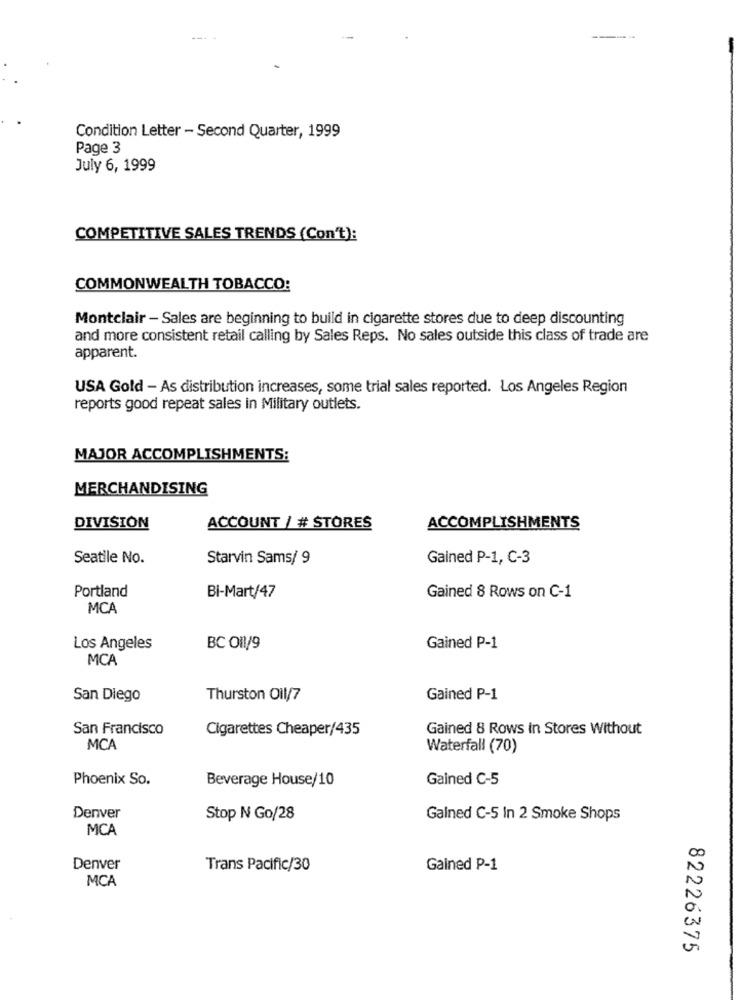
Condition Letter - Second Quarter, 1999
Page 3
July 6, 1999
COMPETITIVE SALES TRENDS (Con't):
COMMONWEALTH TOBACCO:
Montclair - Sales are beginning to build in cigarette stores due to deep discounting
and more consistent retail calling by Sales Reps. No sales outside this class of trade are
apparent.
USA Gold - As distribution increases, some trial sales reported. Los Angeles Region
reports good repeat sales in Military outlets.
MAJOR ACCOMPLISHMENTS:
MERCHANDISING
DIVISION
ACCOUNT / # STORES
ACCOMPLISHMENTS
Seatile No.
Starvin Sams/ 9
Gained P-1, C-3
Portland
Bi-Mart/47
Gained 8 Rows on C-1
MCA
Los Angeles
BC 011/9
Gained P-1
MCA
San Diego
Thurston Oil/7
Gained P-1
San Francisco
Cigarettes Cheaper/435
Gained 8 Rows in Stores Without
MCA
Waterfall (70)
Phoenix So.
Beverage House/10
Gained C-5
Denver
Stop N Go/28
Galned C-5 In 2 Smoke Shops
MCA
Denver
Trans Pacific/30
Gained P-1
MCA
82226375